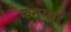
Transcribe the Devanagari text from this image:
कम्पार